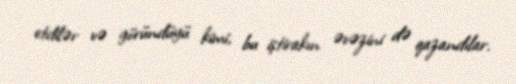
etdilər və göründüyü kimi, bu iştirakın əvəzini də qazandılar.